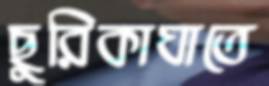
ছুরিকাঘাতে